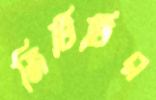
জিটিটির